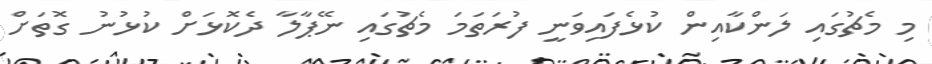
މި މެޗުގައި ލަންކާއިން ކުޅެފައިވަނީ ފުރަތަމަ މެޗުގައި ނޭޕާލާ ދެކޮޅަށް ކުޅުނު ގޮތަށް